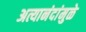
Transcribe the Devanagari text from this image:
अत्यानंदांमुळे